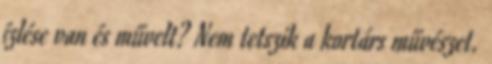
ízlése van és művelt? Nem tetszik a kortárs művészet.